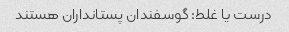
درست یا غلط: گوسفندان پستانداران هستند